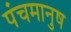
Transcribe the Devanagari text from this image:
पंचमानुष